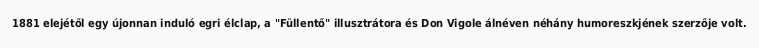
1881 elejétől egy újonnan induló egri élclap, a "Füllentő" illusztrátora és Don Vigole álnéven néhány humoreszkjének szerzője volt.